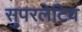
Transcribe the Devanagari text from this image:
सुपरलेटिव